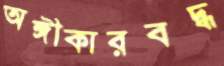
অঙ্গীকারবদ্ধ